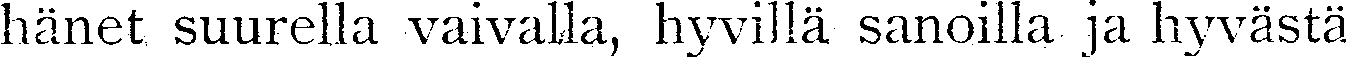
hänet suurella vaivalla, hyvillä sanoilla ja hyvästä